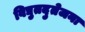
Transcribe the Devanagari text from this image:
विद्युतदुतेजना